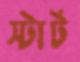
স্টার্ট